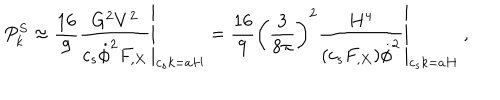
LaTeX: P _ { k } ^ { S } \approx \left. \frac { 1 6 } { 9 } \frac { G ^ { 2 } V ^ { 2 } } { c _ { s } \dot { \phi } ^ { 2 } F _ { , X } } \right| _ { c _ { s } k = a H } = \left. \frac { 1 6 } { 9 } \left( \frac { 3 } { 8 \pi } \right) ^ { 2 } \frac { H ^ { 4 } } { ( c _ { s } F _ { , X } ) \dot { \phi } ^ { 2 } } \right| _ { c _ { s } k = a H } ~ ,